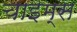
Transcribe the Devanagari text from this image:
चाइम्‍स